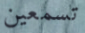
تسمعين